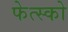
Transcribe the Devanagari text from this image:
फेत्स्को